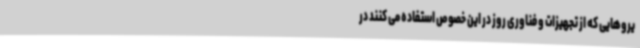
یروهایی که از تجهیزات و فناوری روز در این خصوص استفاده می کنند در